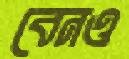
বেনও